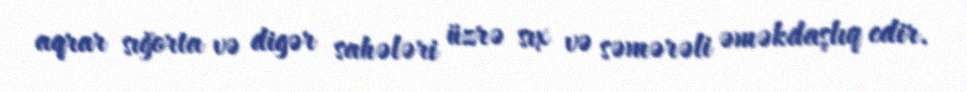
aqrar sığorta və digər sahələri üzrə sıx və səmərəli əməkdaşlıq edir.